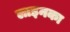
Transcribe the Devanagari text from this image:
लाइनका